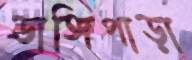
ডাঙ্গিপাড়া